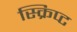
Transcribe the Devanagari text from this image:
स्क्रिप्‍ट